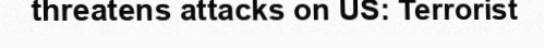
threatens attacks on US: Terrorist